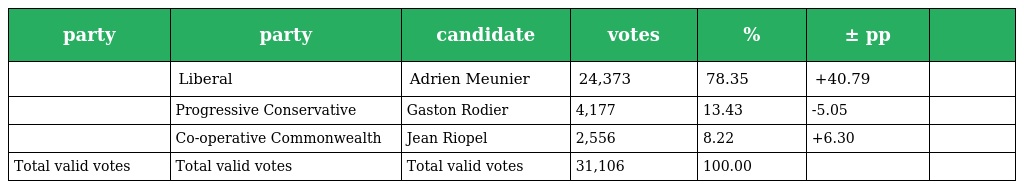
| party | party | candidate | votes | % | ± pp |  |
 | --- | --- | --- | --- | --- | --- | --- |
 |  | Liberal | Adrien Meunier | 24,373 | 78.35 | +40.79 |  |
 |  | Progressive Conservative | Gaston Rodier | 4,177 | 13.43 | -5.05 |  |
 |  | Co-operative Commonwealth | Jean Riopel | 2,556 | 8.22 | +6.30 |  |
 | Total valid votes | Total valid votes | Total valid votes | 31,106 | 100.00 |  |  |